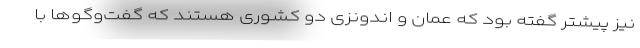
نیز پیشتر گفته بود که عمان و اندونزی دو کشوری هستند که گفت‌وگوها با